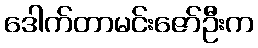
ဒေါက်တာမင်းဇော်ဦးက